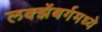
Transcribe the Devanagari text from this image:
लक्झेंबर्गमध्ये